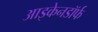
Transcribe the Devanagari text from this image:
आइकेनडॉर्फ